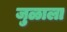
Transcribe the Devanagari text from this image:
जुळाला